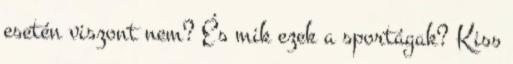
esetén viszont nem? És mik ezek a sportágak? Kiss